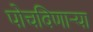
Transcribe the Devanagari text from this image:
पोचविणाऱ्या